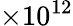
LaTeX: \times 10^{12}